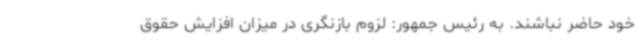
خود حاضر نباشند. به رئیس جمهور: لزوم بازنگری در میزان افزایش حقوق